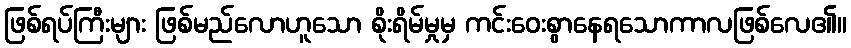
ဖြစ်ရပ်ကြီးများ ဖြစ်မည်လောဟူသော စိုးရိမ်မှုမှ ကင်းဝေးစွာနေရသောကာလဖြစ်လေ၏။